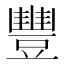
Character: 豐